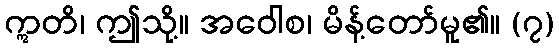
ဣတိ၊ ဤသို့။ အဝေါစ၊ မိန့်တော်မူ၏။ (၇)